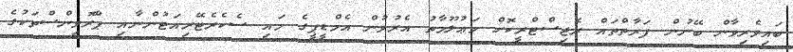
ބައިވެރިވާން ބޭނުން ފަރާތްތައް ރެޖިސްޓްރީކޮށް މަޢުލޫމާތު އެރުވުން އެމްޑީޕީގެ މައި ސެކެރެޓޭރިއަޓުންނާއި ޕްރޮވިންސްތަކުގެ